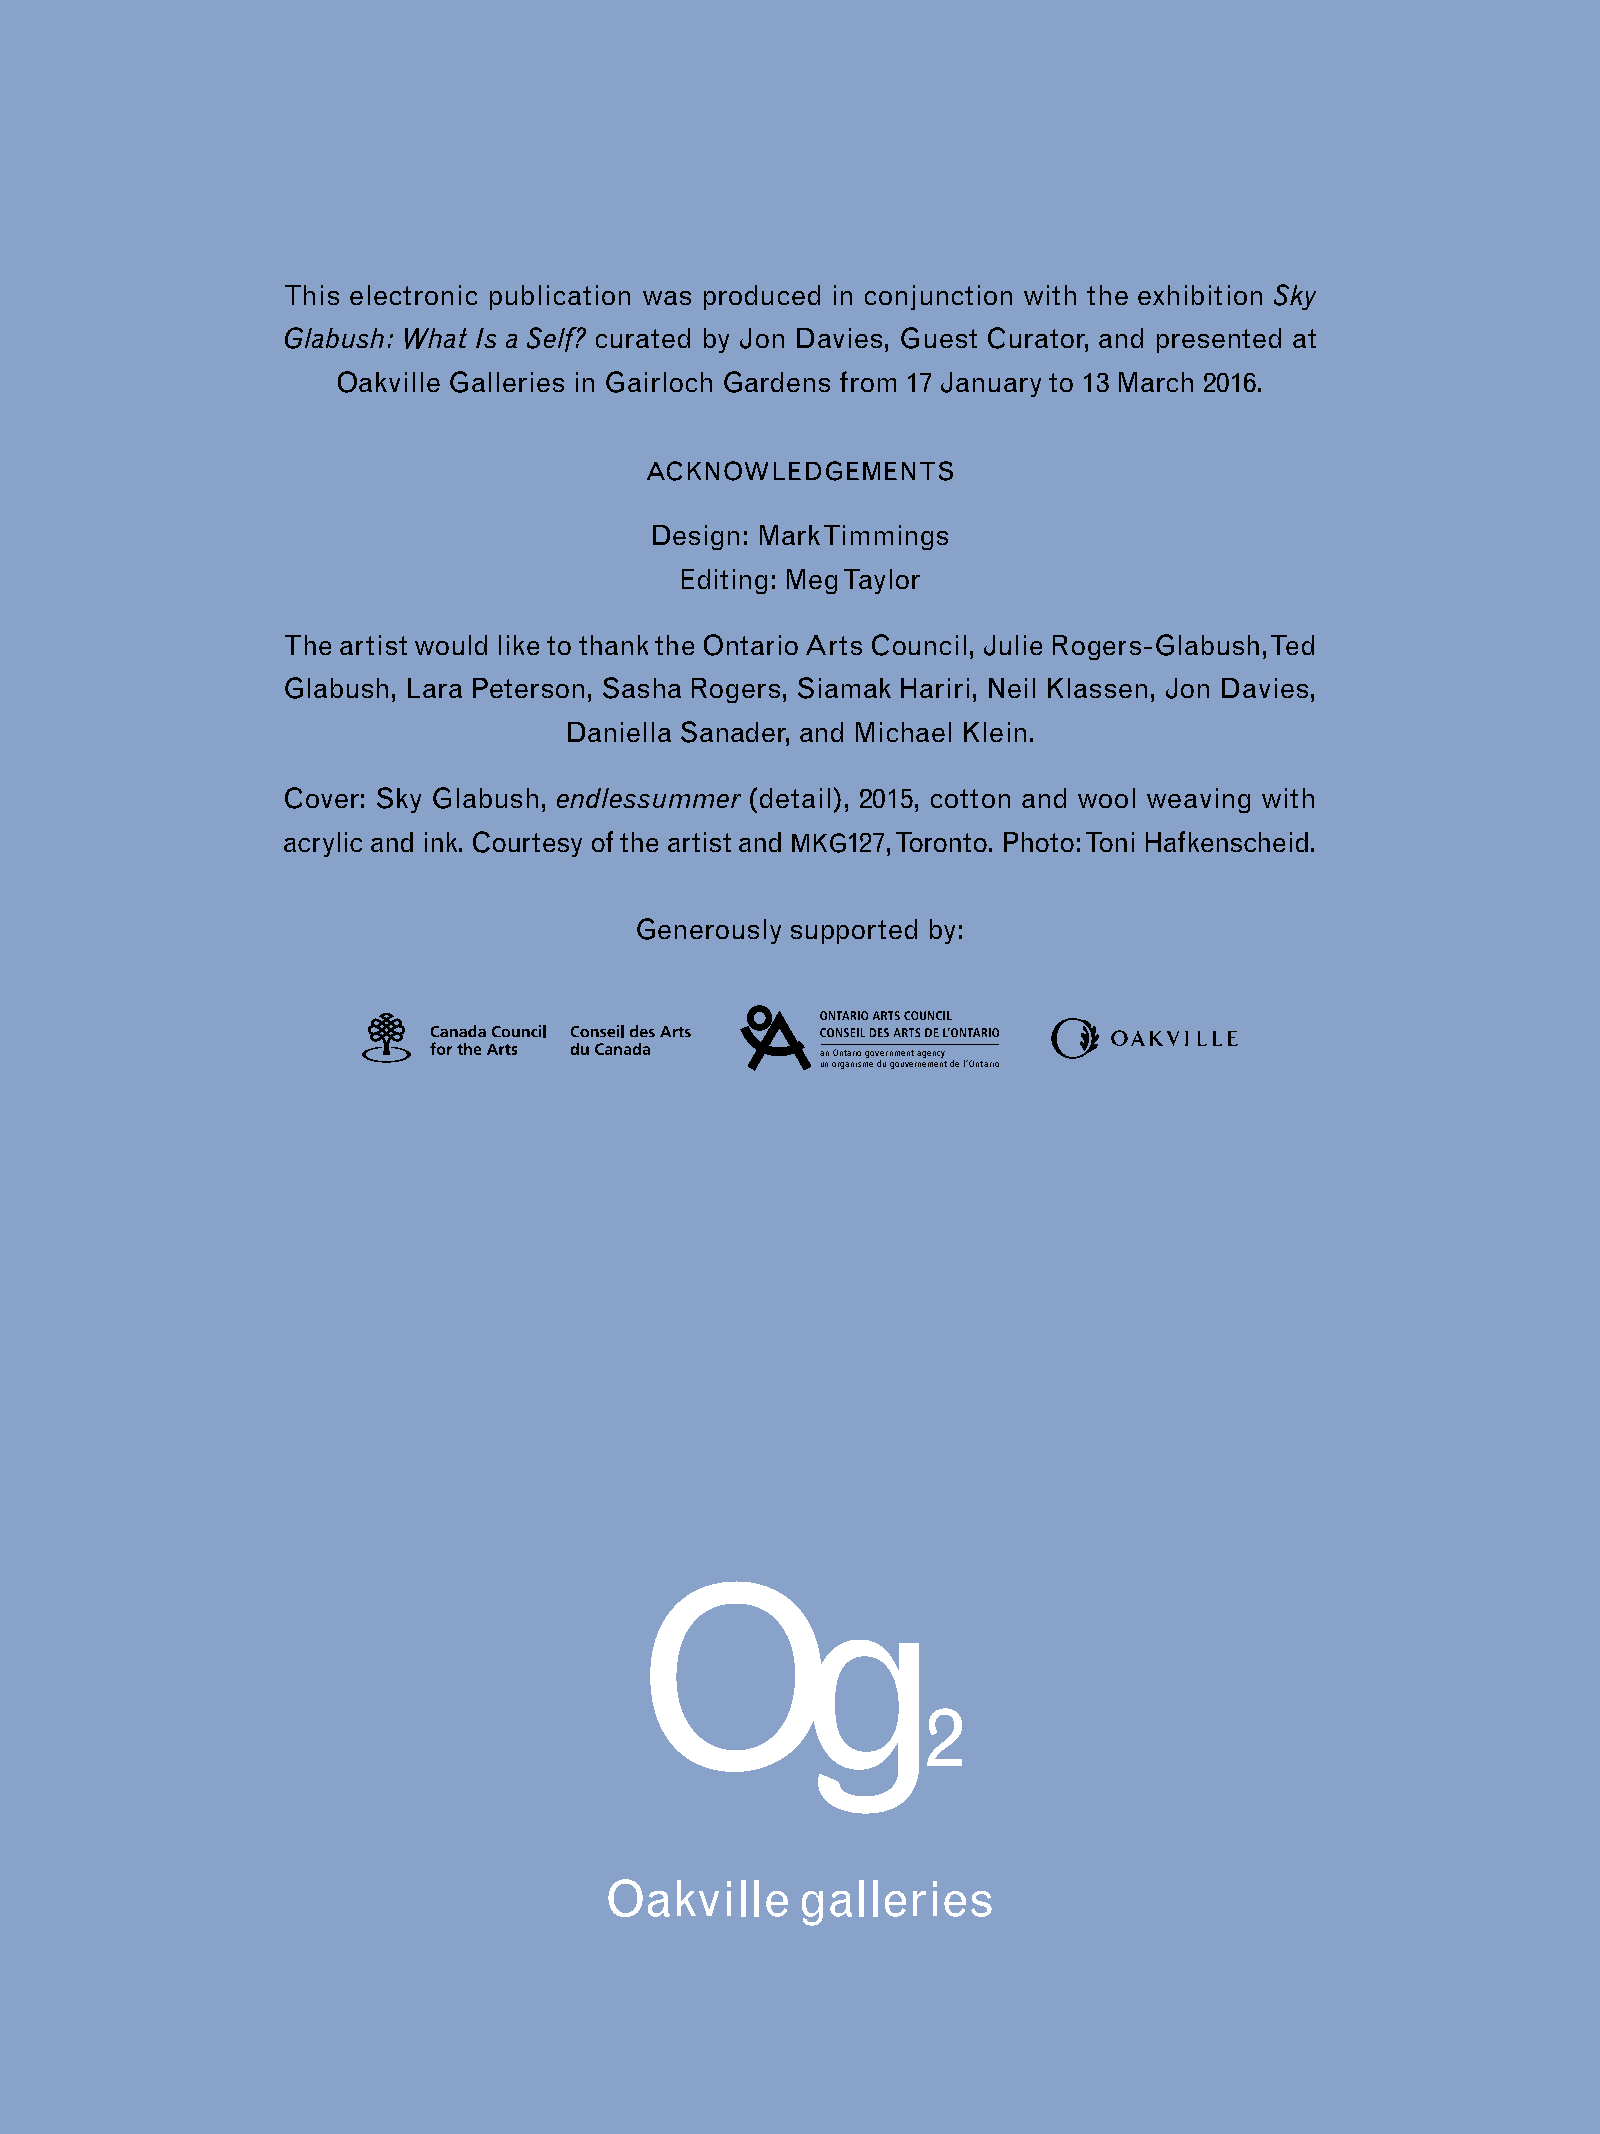
This electronic publication was produced in conjunction with the exhibition Sky
 Glabush: What Is a Self? curated by Jon Davies, Guest Curator, and presented at
 Oakville Galleries in Gairloch Gardens from 17 January to 13 March 2016.
 acknowledgements
 Design: Mark Timmings
 Editing: Meg Taylor
 The artist would like to thank the Ontario Arts Council, Julie Rogers-Glabush, Ted
 Glabush, Lara Peterson, Sasha Rogers, Siamak Hariri, Neil Klassen, Jon Davies,
 Daniella Sanader, and Michael Klein.
 Cover: Sky Glabush, endlessummer (detail), 2015, cotton and wool weaving with
 acrylic and ink. Courtesy of the artist and mkg127, Toronto. Photo: Toni Hafkenscheid.
 Generously supported by:
 an Ontario government agency
 un organisme du gouvernement de l’Ontario